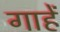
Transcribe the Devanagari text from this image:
गाहें